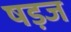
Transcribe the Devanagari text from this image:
षड़ज